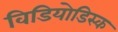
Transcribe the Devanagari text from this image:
विडियोडिस्क